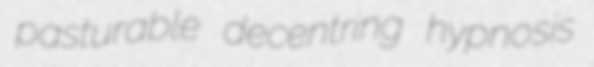
pasturable decentring hypnosis